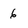
Character: 6